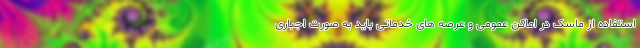
استفاده از ماسک در اماکن عمومی و عرصه های خدماتی باید به صورت اجباری